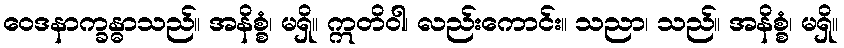
ဝေဒနာက္ခန္ဓာသည်။ အနိစ္စံ၊ မရှိ။ ဣတိဝါ၊ လည်းကောင်း။ သညာ၊ သည်။ အနိစ္စံ၊ မရှိ။